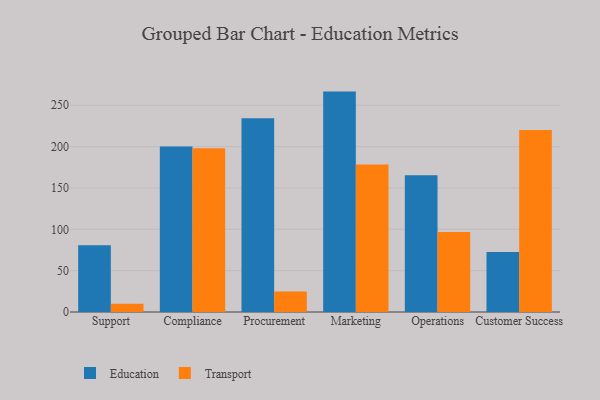
{"axis": {"x": "Department", "y": "Budget (USD K)"}, "legend": ["Education", "Transport"], "data": [{"x": "Support", "y": 80.8, "type": "Education"}, {"x": "Support", "y": 10.1, "type": "Transport"}, {"x": "Compliance", "y": 200.1, "type": "Education"}, {"x": "Compliance", "y": 198.0, "type": "Transport"}, {"x": "Procurement", "y": 234.2, "type": "Education"}, {"x": "Procurement", "y": 24.9, "type": "Transport"}, {"x": "Marketing", "y": 266.5, "type": "Education"}, {"x": "Marketing", "y": 178.4, "type": "Transport"}, {"x": "Operations", "y": 165.4, "type": "Education"}, {"x": "Operations", "y": 96.6, "type": "Transport"}, {"x": "Customer Success", "y": 72.4, "type": "Education"}, {"x": "Customer Success", "y": 220.0, "type": "Transport"}]}